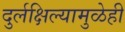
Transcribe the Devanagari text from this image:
दुर्लक्षिल्यामुळेही